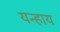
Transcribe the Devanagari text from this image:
यन्हाय